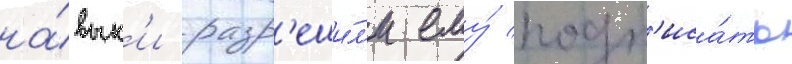
на́вык'и разр'еши́л'и ему́ подп'иса́ть